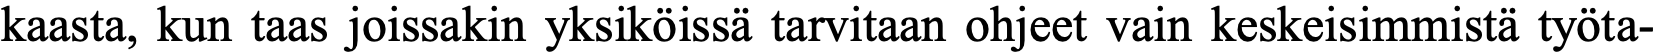
kaasta, kun taas joissakin yksiköissä tarvitaan ohjeet vain keskeisimmistä työta-